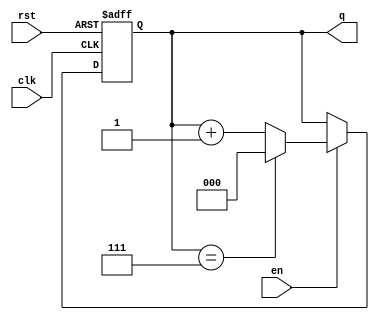
module binary_counter #(parameter N = 3) (
    input wire clk,       // Clock signal
    input wire rst,       // Asynchronous reset signal
    input wire en,        // Enable signal
    output reg [N-1:0] q  // Counter output
);

// Always block for synchronous operation
always @(posedge clk or posedge rst) begin
    if (rst) begin
        // Reset the counter to 0
        q <= 0;
    end else if (en) begin
        // Increment the counter
        if (q == (1 << N) - 1) begin
            q <= 0;  // Roll over to 0
        end else begin
            q <= q + 1;  // Increment the counter
        end
    end
end

endmodule